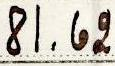
81.62